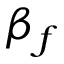
\beta _ { f }